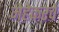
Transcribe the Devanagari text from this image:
मेहेकरचे